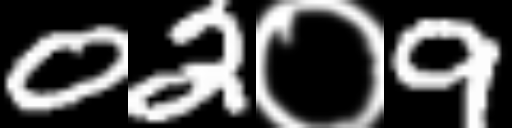
Text: 02०9